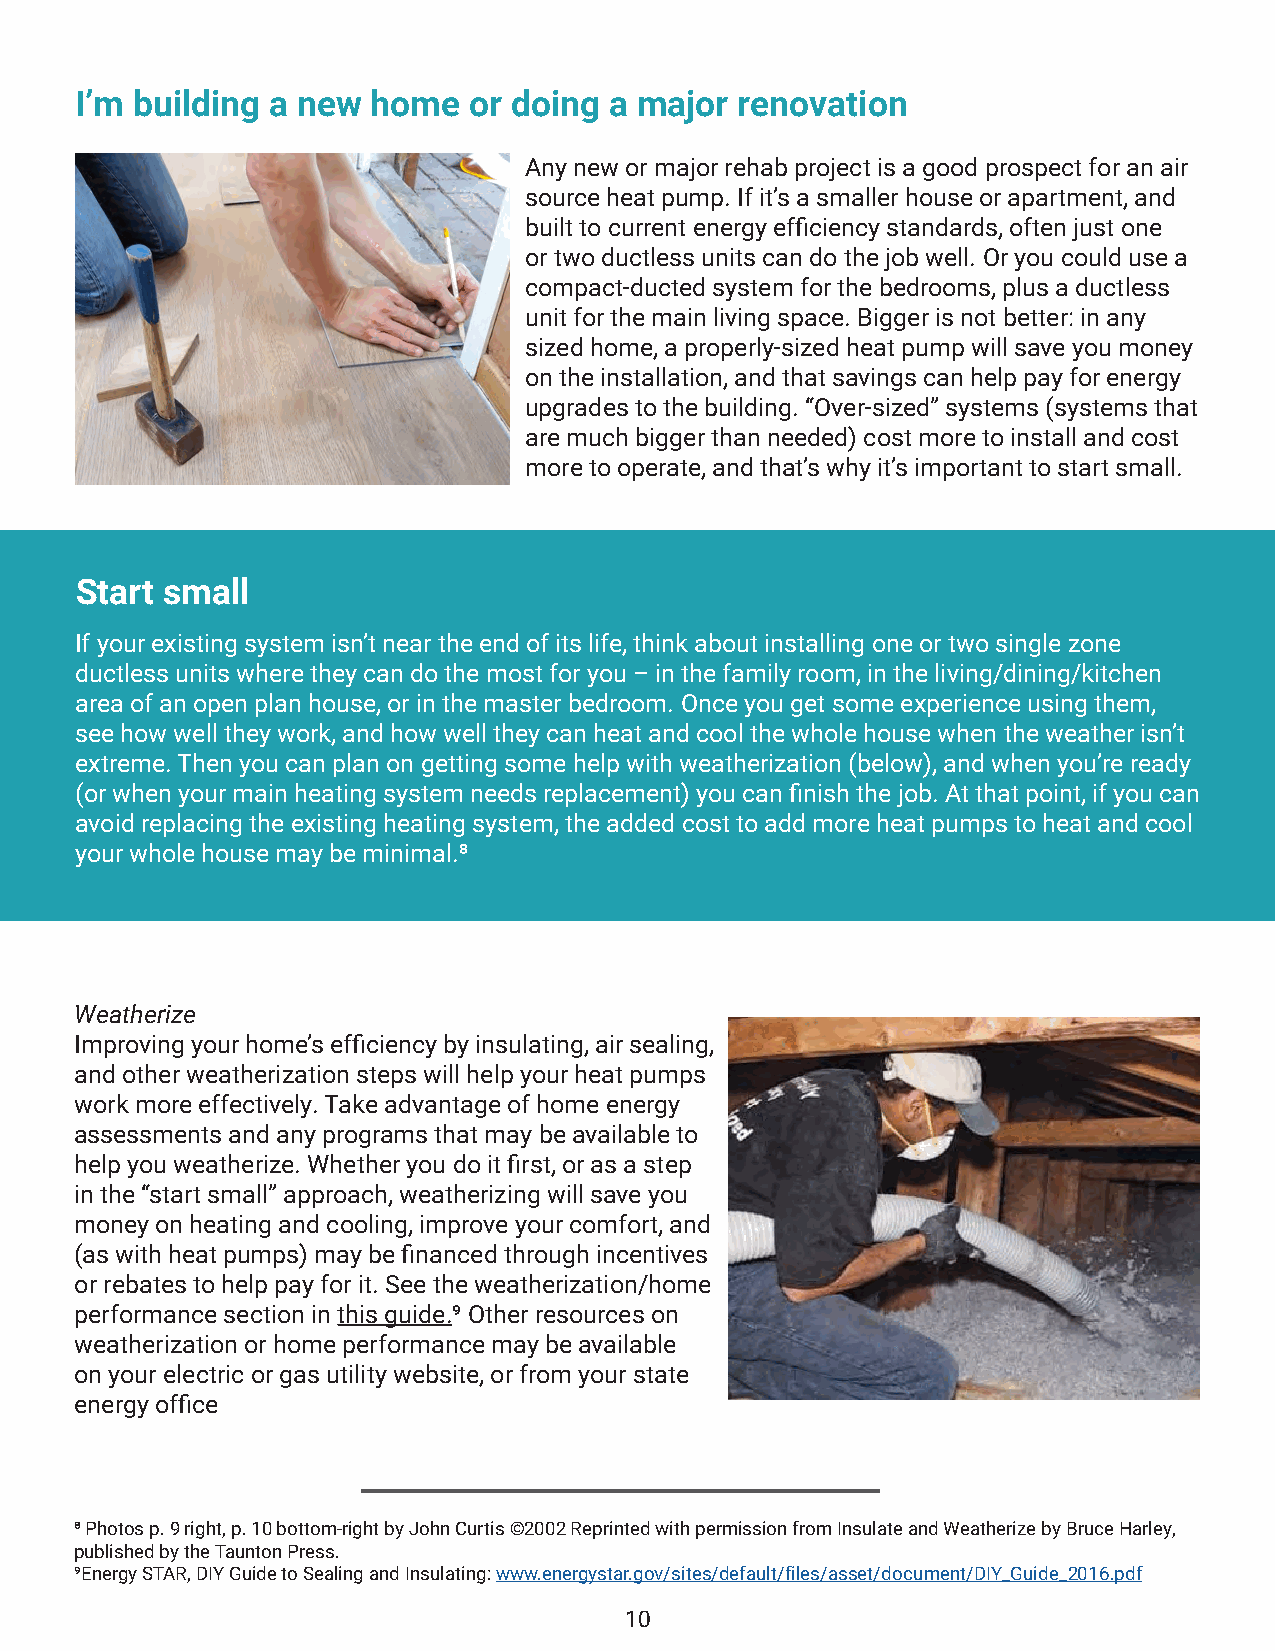
I’m building a new  home  or doing a major  renovation
 Any new or major rehab project is a good prospect for an air
 source heat pump. If it’s a smaller house or apartment, and
 built to current energy efficiency standards, often just one
 or two ductless units can do the job well. Or you could use a
 compact-ducted system for the bedrooms, plus a ductless
 unit for the main living space. Bigger is not better: in any
 sized home, a properly-sized heat pump will save you money
 on the installation, and that savings can help pay for energy
 upgrades to the building. “Over-sized” systems (systems that
 are much bigger than needed) cost more to install and cost
 more to operate, and that’s why it’s important to start small.
 Start small
 If your existing system isn’t near the end of its life, think about installing one or two single zone
 ductless units where they can do the most for you – in the family room, in the living/dining/kitchen
 area of an open plan house, or in the master bedroom. Once you get some experience using them,
 see how well they work, and how well they can heat and cool the whole house when the weather isn’t
 extreme. Then you can plan on getting some help with weatherization (below), and when you’re ready
 (or when your main heating system needs replacement) you can finish the job. At that point, if you can
 avoid replacing the existing heating system, the added cost to add more heat pumps to heat and cool
 your whole house may be minimal.8
 Weatherize
 Improving your home’s efficiency by insulating, air sealing,
 and other weatherization steps will help your heat pumps
 work more effectively. Take advantage of home energy
 assessments and any programs that may be available to
 help you weatherize. Whether you do it first, or as a step
 in the “start small” approach, weatherizing will save you
 money on heating and cooling, improve your comfort, and
 (as with heat pumps) may be financed through incentives
 or rebates to help pay for it. See the weatherization/home
 performance section in this guide.9 Other resources on
 weatherization or home performance may be available
 on your electric or gas utility website, or from your state
 energy office
 8 Photos p. 9 right, p. 10 bottom-right by John Curtis ©2002 Reprinted with permission from Insulate and Weatherize by Bruce Harley,
 published by the Taunton Press.
 9Energy STAR, DIY Guide to Sealing and Insulating: www.energystar.gov/sites/default/files/asset/document/DIY_Guide_2016.pdf
 10